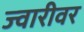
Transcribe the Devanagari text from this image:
ज्वारीवर